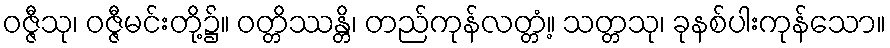
ဝဇ္ဇီသု၊ ဝဇ္ဇီမင်းတို့၌။ ဝတ္တိဿန္တိ၊ တည်ကုန်လတ္တံ့။ သတ္တသု၊ ခုနစ်ပါးကုန်သော။